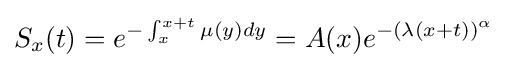
S_{x}(t)=e^{-\int _{x}^{x+t}\mu (y)dy}=A(x)e^{-(\lambda (x+t))^{\alpha }}